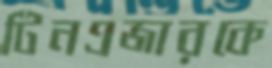
টিনএজারকে